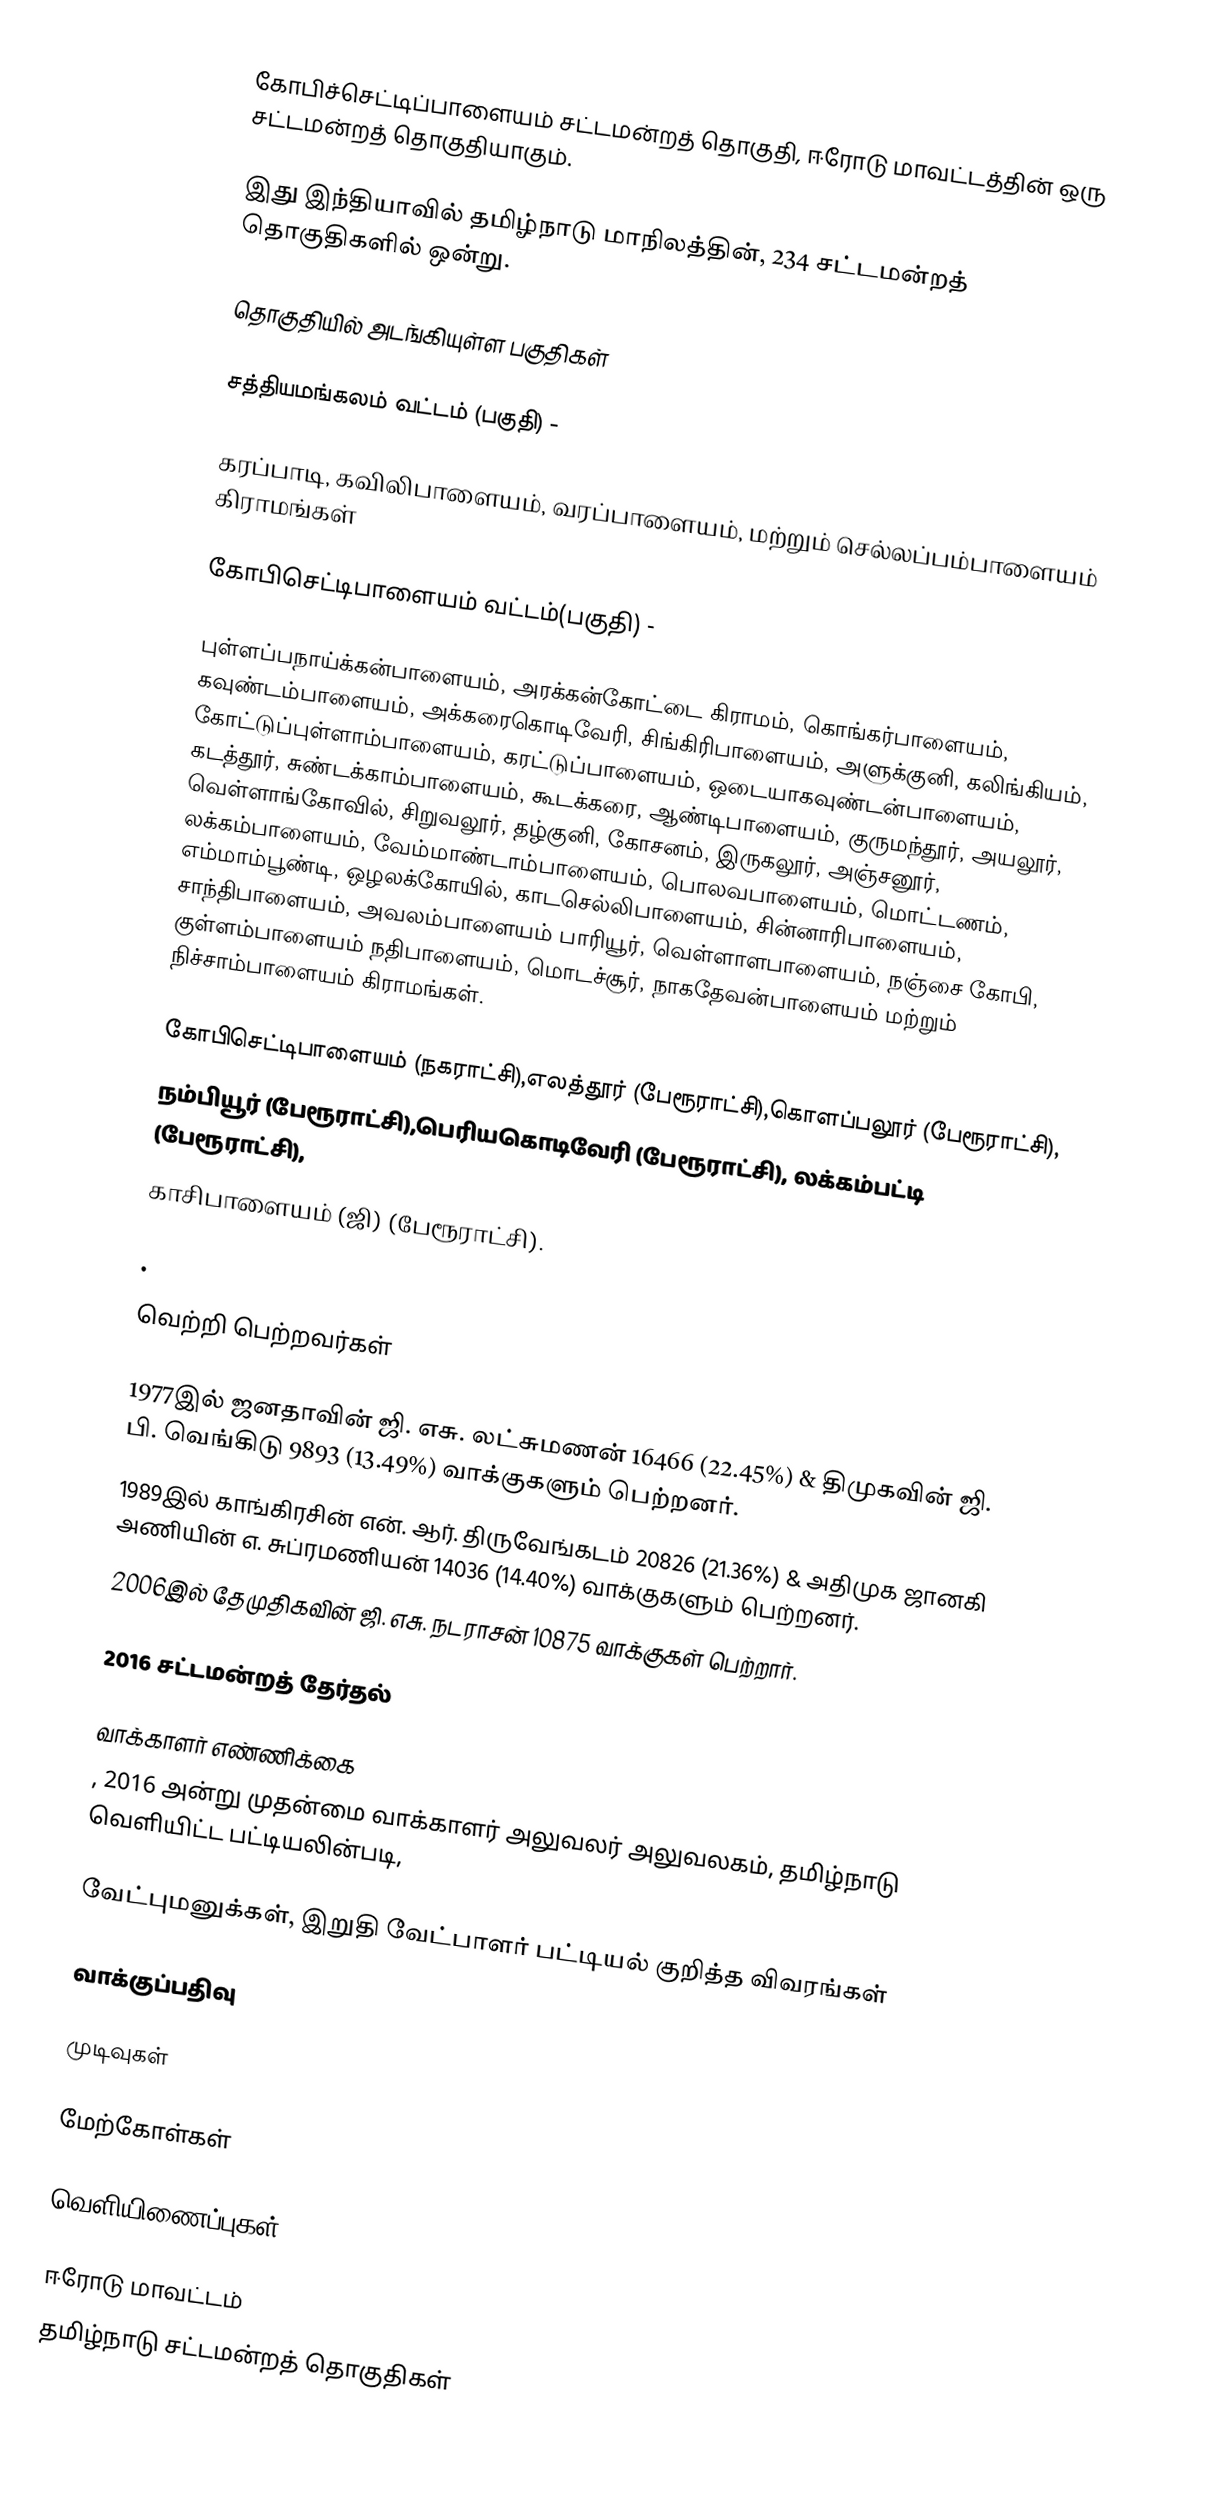
கோபிச்செட்டிப்பாளையம் சட்டமன்றத் தொகுதி, ஈரோடு மாவட்டத்தின் ஒரு சட்டமன்றத் தொகுதியாகும்.

இது இந்தியாவில் தமிழ்நாடு மாநிலத்தின், 234 சட்டமன்றத் தொகுதிகளில் ஒன்று.

தொகுதியில் அடங்கியுள்ள பகுதிகள்

சத்தியமங்கலம் வட்டம் (பகுதி) -

கரப்பாடி, கவிலிபாளையம், வரப்பாளையம், மற்றும் செல்லப்பம்பாளையம் கிராமங்கள்

கோபிசெட்டிபாளையம் வட்டம்(பகுதி) -

புள்ளப்பநாய்க்கன்பாளையம், அரக்கன்கோட்டை கிராமம், கொங்கர்பாளையம், கவுண்டம்பாளையம், அக்கரைகொடிவேரி, சிங்கிரிபாளையம், அளுக்குனி, கலிங்கியம், கோட்டுப்புள்ளாம்பாளையம், கரட்டுப்பாளையம், ஒடையாகவுண்டன்பாளையம், கடத்தூர், சுண்டக்காம்பாளையம், கூடக்கரை, ஆண்டிபாளையம், குருமந்தூர், அயலூர், வெள்ளாங்கோவில், சிறுவலூர், தழ்குனி, கோசனம், இருகலூர், அஞ்சனூர், லக்கம்பாளையம், வேம்மாண்டாம்பாளையம், பொலவபாளையம், மொட்டணம், எம்மாம்பூண்டி, ஒழலக்கோயில், காடசெல்லிபாளையம், சின்னாரிபாளையம், சாந்திபாளையம், அவலம்பாளையம் பாரியூர், வெள்ளாளபாளையம், நஞ்சை கோபி, குள்ளம்பாளையம் நதிபாளையம், மொடச்சூர், நாகதேவன்பாளையம் மற்றும் நிச்சாம்பாளையம் கிராமங்கள்.

கோபிசெட்டிபாளையம் (நகராட்சி),எலத்தூர் (பேரூராட்சி),கொளப்பலூர் (பேரூராட்சி),
நம்பியூர் (பேரூராட்சி),பெரியகொடிவேரி (பேரூராட்சி), லக்கம்பட்டி (பேரூராட்சி),
காசிபாளையம் (ஜி) (பேரூராட்சி).

.

வெற்றி பெற்றவர்கள்

 1977இல் ஜனதாவின் ஜி. எசு. லட்சுமணன் 16466 (22.45%) & திமுகவின் ஜி. பி. வெங்கிடு 9893 (13.49%) வாக்குகளும் பெற்றனர்.
1989இல் காங்கிரசின் என். ஆர். திருவேங்கடம் 20826 (21.36%) & அதிமுக ஜானகி அணியின் எ. சுப்ரமணியன் 14036 (14.40%) வாக்குகளும் பெற்றனர்.
2006இல் தேமுதிகவின் ஜி. எசு. நடராசன் 10875  வாக்குகள் பெற்றார்.

2016 சட்டமன்றத் தேர்தல்

வாக்காளர் எண்ணிக்கை
, 2016 அன்று முதன்மை வாக்காளர் அலுவலர் அலுவலகம், தமிழ்நாடு வெளியிட்ட பட்டியலின்படி,

வேட்புமனுக்கள், இறுதி வேட்பாளர் பட்டியல் குறித்த விவரங்கள்

வாக்குப்பதிவு

முடிவுகள்

மேற்கோள்கள்

வெளியிணைப்புகள்

ஈரோடு மாவட்டம்
தமிழ்நாடு சட்டமன்றத் தொகுதிகள்